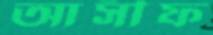
আসীফ